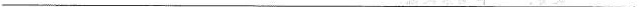
____